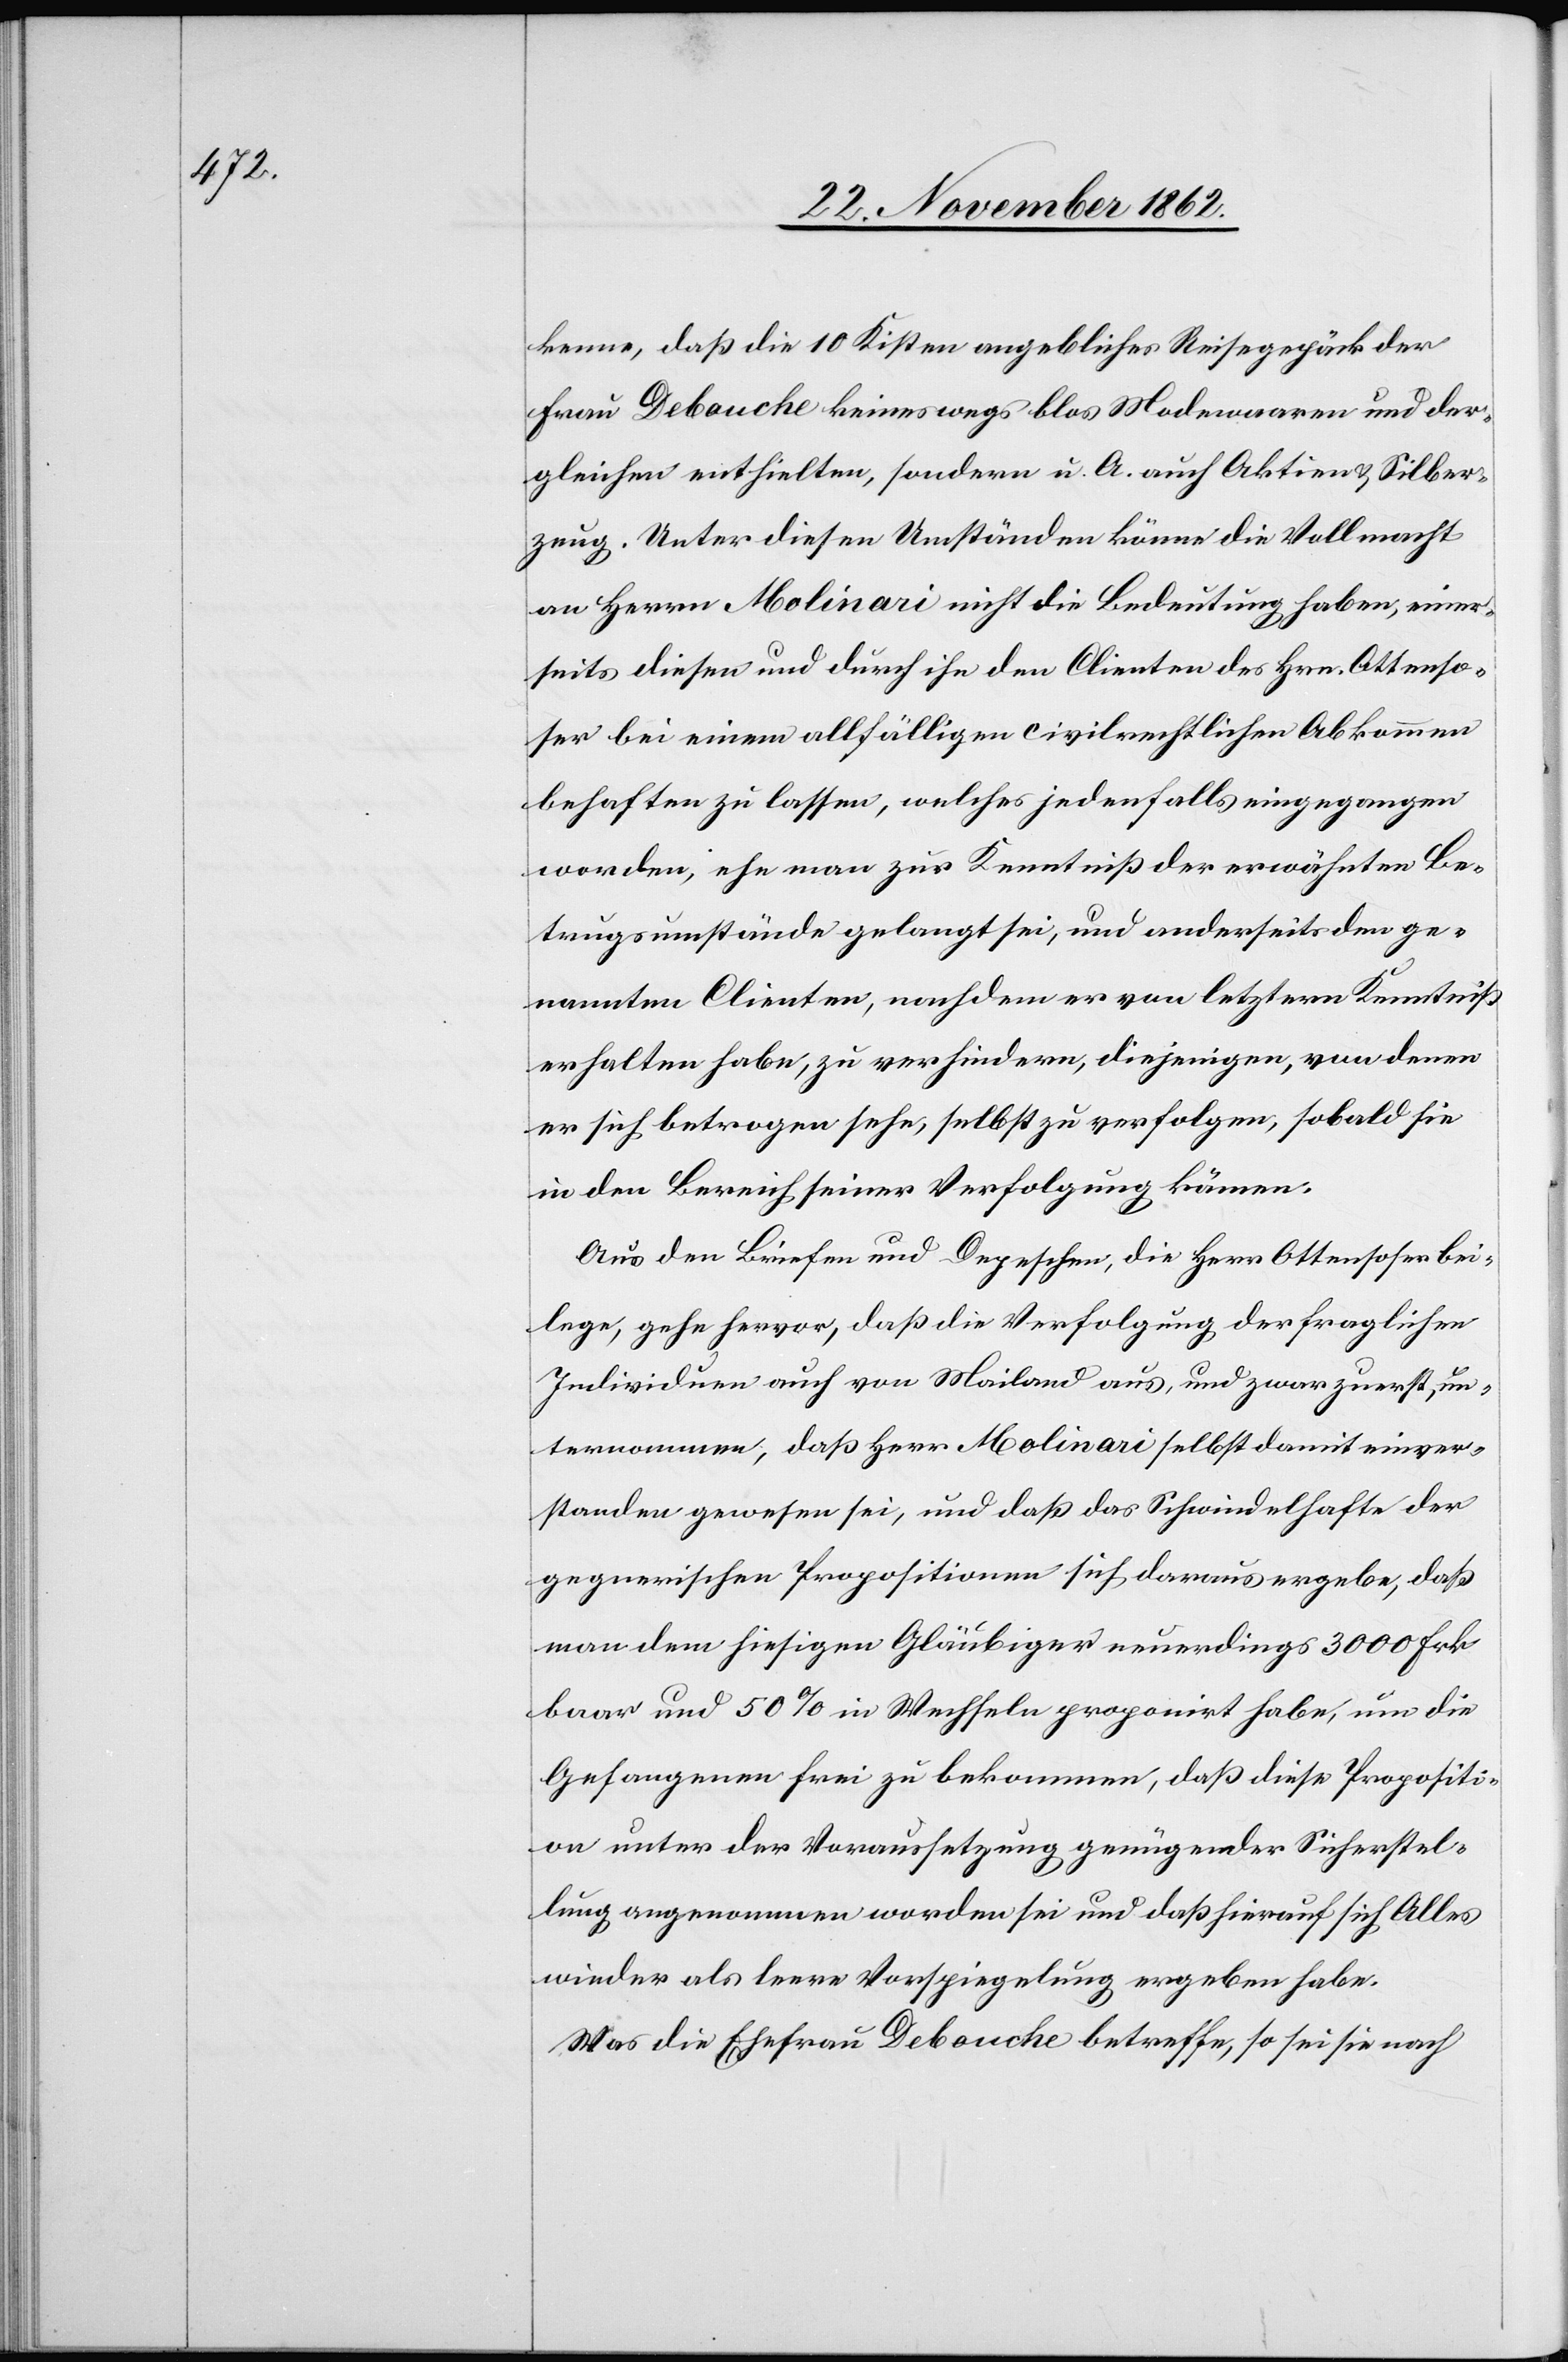
kenne, daß die 10 Kisten angebliches Reisegepäck der
Frau Debouche keineswegs blos Modewaaren und der¬
gleichen enthielten, sondern u. A. auch Aktien u. Silber¬
zeug. Unter diesen Umständen könne die Vollmacht
an Herrn Molinari nicht die Bedeutung haben, einer¬
seits diesen und durch ihn den Clienten des Hrn. Ottenso¬
ser bei einem allfälligen civilrechtlichen Abkommen
behaften zu lassen, welches jedenfalls eingegangen
worden, ehe man zur Kenntniß der erwähnten Be¬
trugsumstände gelangt sei, und anderseits den ge¬
nannten Clienten, nachdem er von letztern Kenntniß
erhalten habe, zu verhindern, diejenigen, von denen
er sich betrogen sehe, selbst zu verfolgen, sobald sie
in den Bereich seiner Verfolgung kämen.
Aus den Briefen und Depeschen, die Herr Ottensoser bei¬
lege, gehe hervor, daß die Verfolgung der fraglichen
Individuen auch von Mailand aus, und zwar zuerst, un¬
ternommen, daß Herr Molinari selbst damit einver¬
standen gewesen sei, und daß das Schwindelhafte der
gegnerischen Propositionen sich daraus ergebe, daß
man dem hiesigen Gläubiger neuerdings 3000 Frk.
baar und 50% in Wechsel proponirt habe, um die
Gefangenen frei zu bekommen, daß diese Propositi¬
on angenommen worden sei und daß hierauf sich Alles
wieder als leere Vorspiegelung ergeben habe.
Was die Ehefrau Debouche betreffe, so sei sie nach